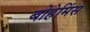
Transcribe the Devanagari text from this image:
बोहेमिंस